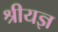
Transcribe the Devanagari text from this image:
श्रीयज्ञ